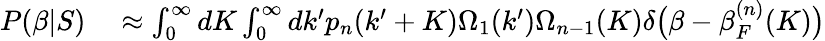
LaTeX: \begin{array}{rl}{P(\beta|S)}&{{}\approx\int_{0}^{\infty}dK\int_{0}^{\infty}dk^{\prime}p_{n}(k^{\prime}+K)\Omega_{1}(k^{\prime})\Omega_{n-1}(K)\delta\big(\beta-\beta_{F}^{(n)}(K)\big)}\end{array}